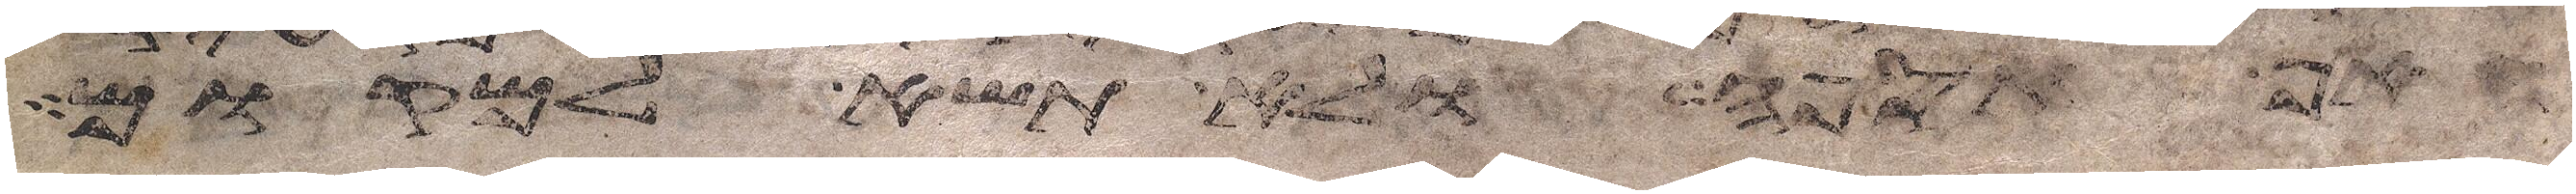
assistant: האף תספה ולא תשא למקום